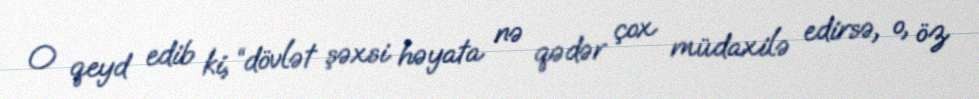
O qeyd edib ki, “dövlət şəxsi həyata nə qədər çox müdaxilə edirsə, o, öz